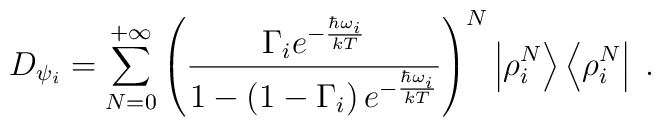
D_{\psi_i}=\sum_{N=0}^{+\infty}{\left(\frac{\Gamma_i e^{-{{\hbar\omega_i}\over kT}}}{1-\left(1-\Gamma_i\right)e^{-{{\hbar\omega_i}\over kT}}}\right)}^N\left|\rho_i^N\right>\left<\rho_i^N\right|\;.